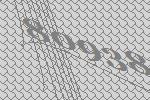
80938